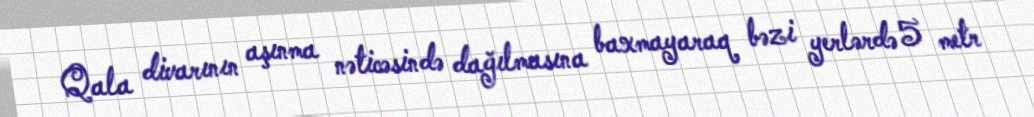
Qala divarının aşınma nəticəsində dağılmasına baxmayaraq bəzi yerlərdə 5 metr